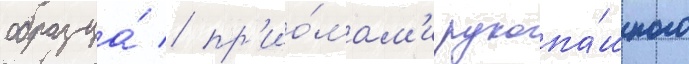
образца́ / пр'ио́мам'и рукопа́шного